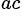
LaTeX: ^{ac}